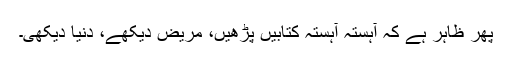
پھر ظاہر ہے کہ آہستہ آہستہ کتابیں پڑھیں، مریض دیکھے، دنیا دیکھی۔